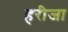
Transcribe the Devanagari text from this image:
हरीजा